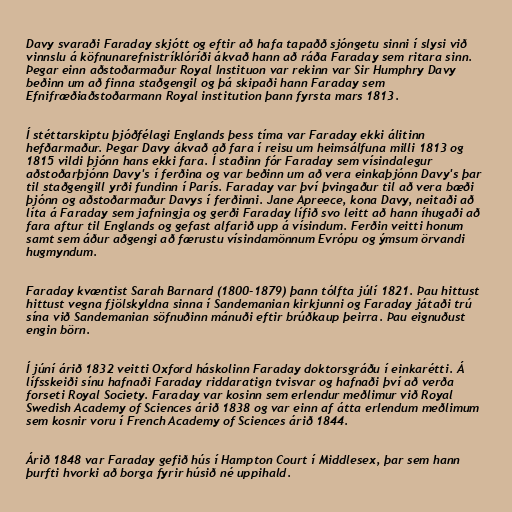
Davy svaraði Faraday skjótt og eftir að hafa tapaðð sjóngetu sinni í slysi við
vinnslu á köfnunarefnistríklóríði ákvað hann að ráða Faraday sem ritara sinn.
Þegar einn aðstoðarmaður Royal Instituon var rekinn var Sir Humphry Davy
beðinn um að finna staðgengil og þá skipaði hann Faraday sem
Efnifræðiaðstoðarmann Royal institution þann fyrsta mars 1813.

Í stéttarskiptu þjóðfélagi Englands þess tíma var Faraday ekki álitinn
hefðarmaður. Þegar Davy ákvað að fara í reisu um heimsálfuna milli 1813 og
1815 vildi þjónn hans ekki fara. Í staðinn fór Faraday sem vísindalegur
aðstoðarþjónn Davy's í ferðina og var beðinn um að vera einkaþjónn Davy's þar
til staðgengill yrði fundinn í París. Faraday var því þvingaður til að vera bæði
þjónn og aðstoðarmaður Davys í ferðinni. Jane Apreece, kona Davy, neitaði að
líta á Faraday sem jafningja og gerði Faraday lífið svo leitt að hann íhugaði að
fara aftur til Englands og gefast alfarið upp á vísindum. Ferðin veitti honum
samt sem áður aðgengi að færustu vísindamönnum Evrópu og ýmsum örvandi
hugmyndum.

Faraday kvæntist Sarah Barnard (1800-1879) þann tólfta júlí 1821. Þau hittust
hittust vegna fjölskyldna sinna í Sandemanian kirkjunni og Faraday játaði trú
sína við Sandemanian söfnuðinn mánuði eftir brúðkaup þeirra. Þau eignuðust
engin börn.

Í júní árið 1832 veitti Oxford háskolinn Faraday doktorsgráðu í einkarétti. Á
lífsskeiði sínu hafnaði Faraday riddaratign tvisvar og hafnaði því að verða
forseti Royal Society. Faraday var kosinn sem erlendur meðlimur við Royal
Swedish Academy of Sciences árið 1838 og var einn af átta erlendum meðlimum
sem kosnir voru í French Academy of Sciences árið 1844.

Árið 1848 var Faraday gefið hús í Hampton Court í Middlesex, þar sem hann
þurfti hvorki að borga fyrir húsið né uppihald.